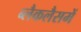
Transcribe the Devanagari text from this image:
ब्लैकलैसमें